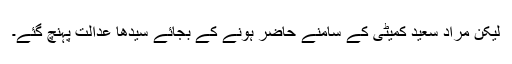
لیکن مراد سعید کمیٹی کے سامنے حاضر ہونے کے بجائے سیدھا عدالت پہنچ گئے۔